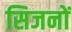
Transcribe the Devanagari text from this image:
सिजनों